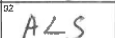
Transcription: ALS